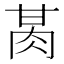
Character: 𰮕